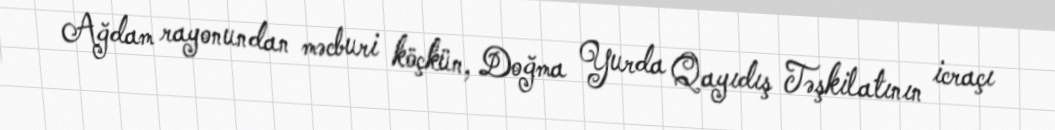
Ağdam rayonundan məcburi köçkün, Doğma Yurda Qayıdış Təşkilatının icraçı